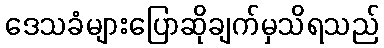
ဒေသခံများပြောဆိုချက်မှသိရသည်